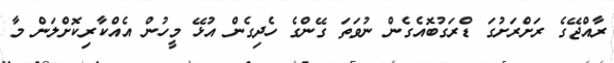
ރާއްޖޭގެ ރަށްރަށުގަ ޑްރަގުބޮއެގެން ނުވަތަ ގޭންގެ ހެދިގެން އުޅޭ މީހުން އެއްކާރިކޮށްލަން މާ